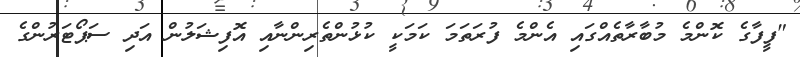
"ފީފާގެ ކޮންމެ މުބާރާތެއްގައި އެންމެ ފުރަތަމަ ކަމަކީ ކުޅުންތެރިންނާއި އޮފިޝަލުން އަދި ސަޕޯޓަރުންގެ